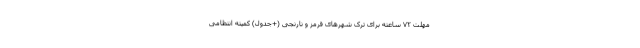
مهلت ۷۲ ساعته برای ترک شهرهای قرمز و نارنجی (+جدول) کمیته انتظامی